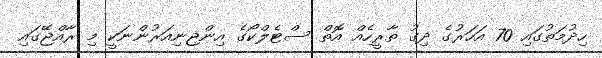
ހިދުމަތުގައި 70 އަހަރުގެ ދިގު ތާރީހެއް އޮތް ސްޓެލްކޯގެ އިންޖިނިއަރުންނަކީ މި ރާއްޖޭގައި